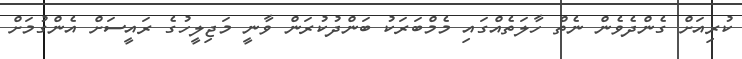
ކުރިއަށް ގެންދެވެން ނެތް ހާލަތެއްގައި މެމްބަރަކު ބަންދުކުރަން ވާނީ މަޖިލީހުގެ ރައީސަށް އެންގުމަށް